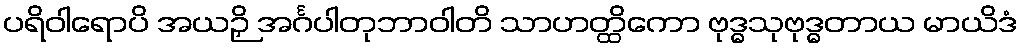
ပရိဝါရောပိ အယဉှိ အင်္ဂပါတုဘာဝါတိ သာဟတ္ထိကော ဗုဒ္ဓသုဗုဒ္ဓတာယ မာယိဒံ